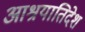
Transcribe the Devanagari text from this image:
आश्रयातिदेश